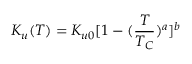
K _ { u } ( T ) = K _ { u 0 } [ 1 - ( \frac { T } { T _ { C } } ) ^ { a } ] ^ { b }